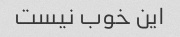
این خوب نیست